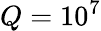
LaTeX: Q=10^{7}